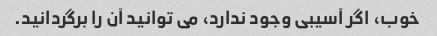
خوب، اگر آسیبی وجود ندارد، می توانید آن را برگردانید.